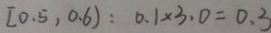
[ 0 . 5 , 0 . 6 ) : 0 . 1 \times 3 . 0 = 0 . 3